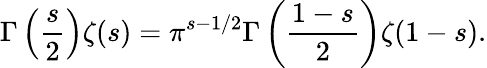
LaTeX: \Gamma\left({\frac{s}{2}}\right)\zeta(s)=\pi^{s-1/2}\Gamma\left({\frac{1-s}{2}}\right)\zeta(1-s).